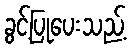
ခွင့်ပြုပေးသည့်